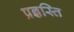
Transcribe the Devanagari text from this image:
प्रज्ञस्ति